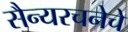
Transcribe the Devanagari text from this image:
सैन्यरचनेचे